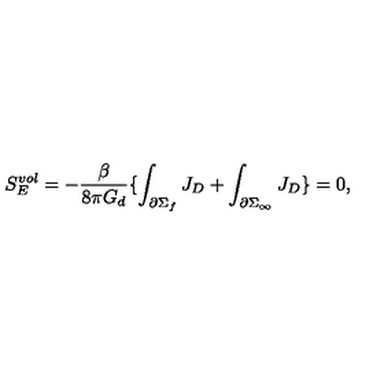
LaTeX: S _ { E } ^ { v o l } = - \frac { \beta } { 8 \pi G _ { d } } \lbrace \int _ { \partial \Sigma _ { f } } J _ { D } + \int _ { \partial \Sigma _ { \infty } } J _ { D } \rbrace = 0 ,